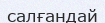
салғандай